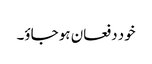
خود دفعان ہو جاؤ۔